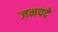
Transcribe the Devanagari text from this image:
जनपदे